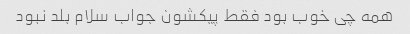
همه چی خوب بود فقط پیکشون جواب سلام بلد نبود